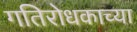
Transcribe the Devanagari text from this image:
गतिरोधकाच्या